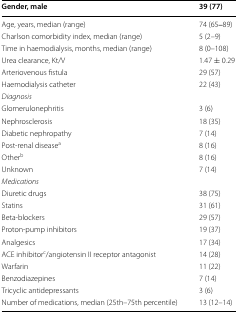
| Gender, male | 39 (77) |
 | --- | --- |
 | Age, years, median (range) | 74 (65‒89) |
 | Charlson comorbidity index, median (range) | 5 (2–9) |
 | Time in haemodialysis, months, median (range) | 8 (0–108) |
 | Urea clearance, Kt/V | 1.47 ± 0.29 |
 | Arteriovenous fistula | 29 (57) |
 | Haemodialysis catheter | 22 (43) |
 | Diagnosis |  |
 | Glomerulonephritis | 3 (6) |
 | Nephrosclerosis | 18 (35) |
 | Diabetic nephropathy | 7 (14) |
 | Post-renal diseasea | 8 (16) |
 | Otherb | 8 (16) |
 | Unknown | 7 (14) |
 | Medications |  |
 | Diuretic drugs | 38 (75) |
 | Statins | 31 (61) |
 | Beta-blockers | 29 (57) |
 | Proton-pump inhibitors | 19 (37) |
 | Analgesics | 17 (34) |
 | ACE inhibitorc/angiotensin II receptor antagonist | 14 (28) |
 | Warfarin | 11 (22) |
 | Benzodiazepines | 7 (14) |
 | Tricyclic antidepressants | 3 (6) |
 | Number of medications, median (25th–75th percentile) | 13 (12–14) |